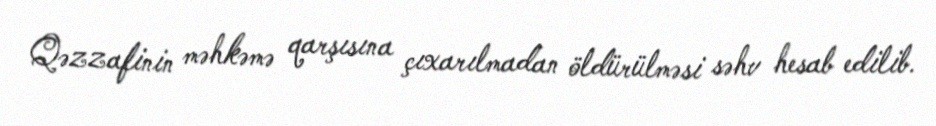
Qəzzafinin məhkəmə qarşısına çıxarılmadan öldürülməsi səhv hesab edilib.